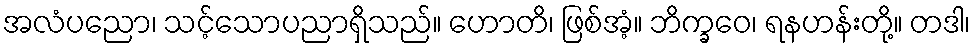
အလံပညော၊ သင့်သောပညာရှိသည်။ ဟောတိ၊ ဖြစ်အံ့။ ဘိက္ခဝေ၊ ရနဟန်းတို့။ တဒါ၊